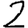
Digit: 2